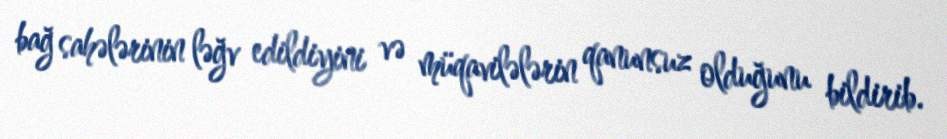
bağ sahələrinin ləğv edildiyini və müqavilələrin qanunsuz olduğunu bildirib.